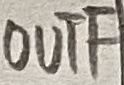
Text: OUTF